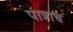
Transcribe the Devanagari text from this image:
पात्राच